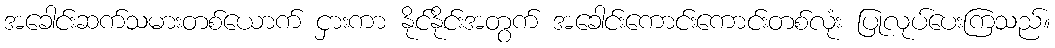
အခေါင်းဆက်သမားတစ်ယောက် ငှားကာ နိုင်နိုင်းအတွက် အခေါင်းကောင်းကောင်းတစ်လုံး ပြုလုပ်ပေးကြသည်။